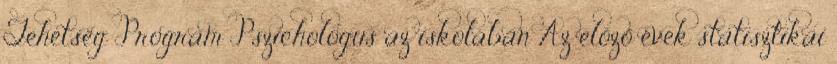
Tehetség Program Pszichológus az iskolában Az előző évek statisztikai